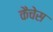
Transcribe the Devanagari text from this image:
कैचेस